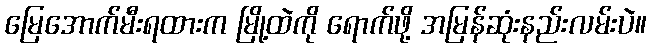
မြေအောက်မီးရထားက မြို့ထဲကို ရောက်ဖို့ အမြန်ဆုံးနည်းလမ်းပဲ။